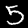
Label: 5